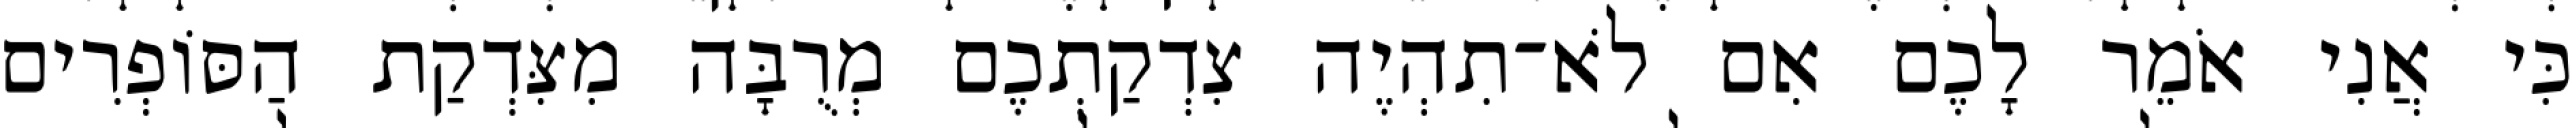
כִּי אֲנִי אֹמֵר לָכֶם אִם לֹא־תִהְיֶה צִדְקַתְכֶם מְרֻבָּה מִצִּדְקַת הַסּוֹפְרִים